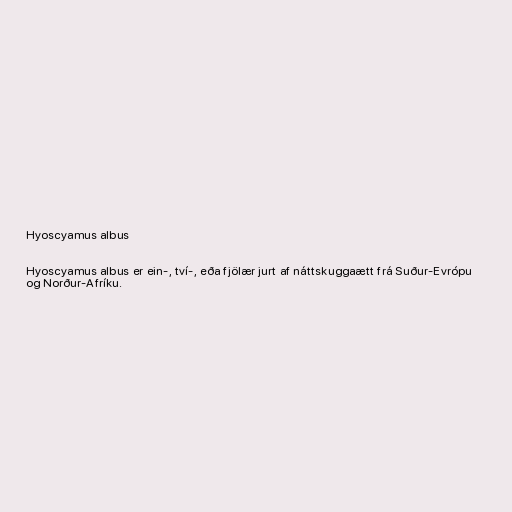
Hyoscyamus albus

Hyoscyamus albus er ein-, tví-, eða fjölær jurt af náttskuggaætt frá Suður-Evrópu
og Norður-Afríku.